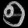
Digit: ၅